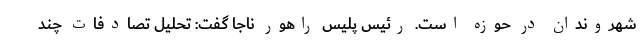
شهروندان در حوزه است. رئیس پلیس راهور ناجا گفت: تحلیل تصادفات چند